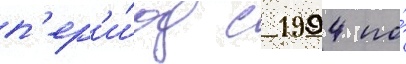
п'ер'и́од с 1994 по́